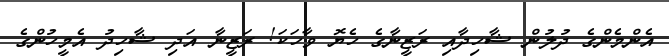
އެންމެންގެ ދުލުން ޝާހިދާއި ރަޒީނާގެ ހެޔޮ ވާހަކަ! ރަޒީނާ އަދި ޝާހިދު އެމީހުންގެ